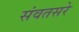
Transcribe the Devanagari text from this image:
संवतसरे